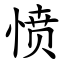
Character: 愤